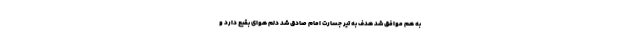
به هم موافق شد هدف به تیر جسارت امام صادق شد دلم هواى بقیع دارد و